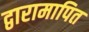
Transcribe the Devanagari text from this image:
द्वारामापित